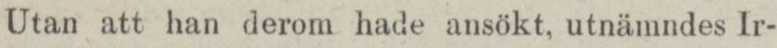
Utan att han derom hade ansökt, utnämndes Ir-